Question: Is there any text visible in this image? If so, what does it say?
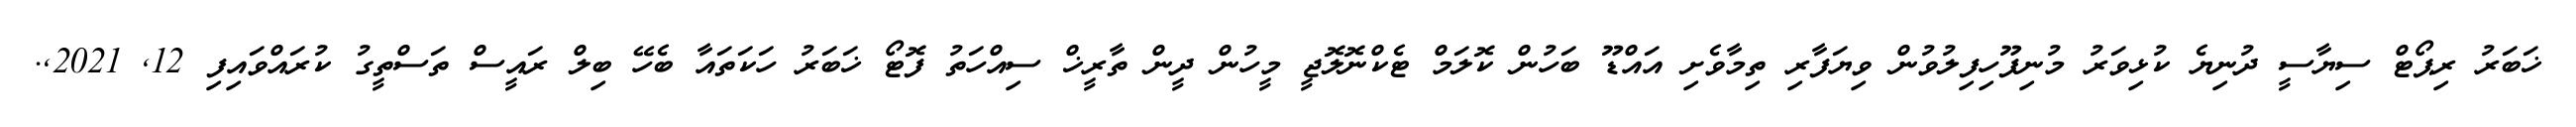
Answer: ޚަބަރު ރިޕޯޓް ސިޔާސީ ދުނިޔެ ކުޅިވަރު މުނިފޫހިފިލުވުން ވިޔަފާރި ތިމާވެށި އައްޑޫ ބަހުން ކޮލަމް ޓެކްނޮލޮޖީ މީހުން ދީން ތާރީޚް ސިއްހަތު ފޮޓޯ ޚަބަރު ހަކަތައާ ބެހޭ ބިލް ރައީސް ތަސްތީގު ކުރައްވައިފި 12, 2021,.